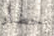
خضار